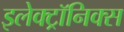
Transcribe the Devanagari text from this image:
इलेक्ट्रॉनिक्‍स